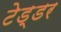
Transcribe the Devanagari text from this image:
टेड्डर